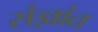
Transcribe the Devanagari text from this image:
संज्ञांत